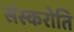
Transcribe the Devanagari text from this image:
संस्करोति